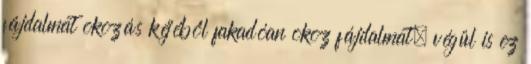
fájdalmat okozás kéjéből fakadóan okoz fájdalmat; végül is ez